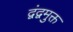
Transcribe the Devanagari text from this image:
द्वंद्वमुक्त